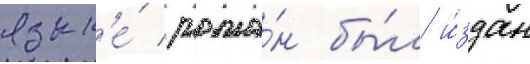
язык'е́ рома́н бы́л и́здан